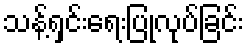
သန့်ရှင်းရေးပြုလုပ်ခြင်း